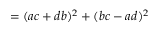
= ( a c + d b ) ^ { 2 } + ( b c - a d ) ^ { 2 }